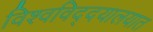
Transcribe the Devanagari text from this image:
विश्वविद्दयालयात